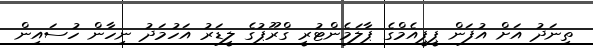
ތިނަދު އަށް އުފަން ޕީޕީއެމްގެ ޕާލަމެންޓުރީ ގްރޫޕުގެ ލީޑަރު އަހުމަދު ނިހާން ހުސައިން